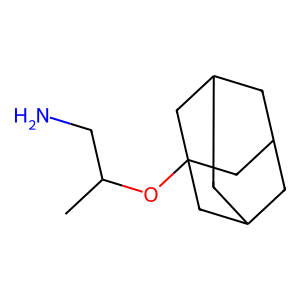
SMILES: CC(CN)OC12CC3CC(CC(C3)C1)C2
Inhibits HIV replication: No